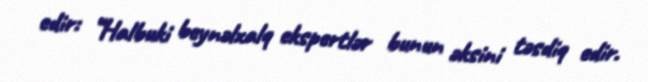
edir: “Halbuki beynəlxalq ekspertlər bunun əksini təsdiq edir.